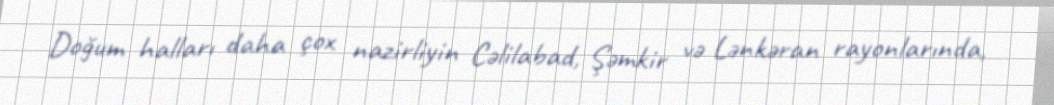
Doğum halları daha çox nazirliyin Cəlilabad, Şəmkir və Lənkəran rayonlarında,